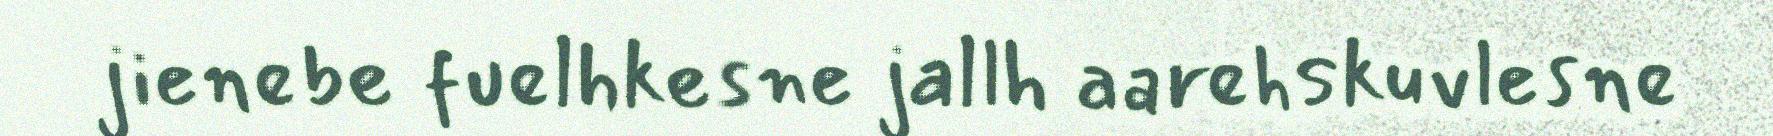
jienebe fuelhkesne jallh aarehskuvlesne